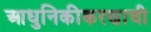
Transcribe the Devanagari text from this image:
आधुनिकीकरणाची